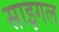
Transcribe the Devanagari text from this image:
साइगल